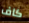
كاف